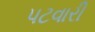
પટવારી